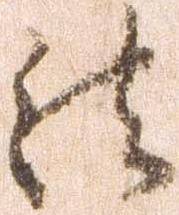
法